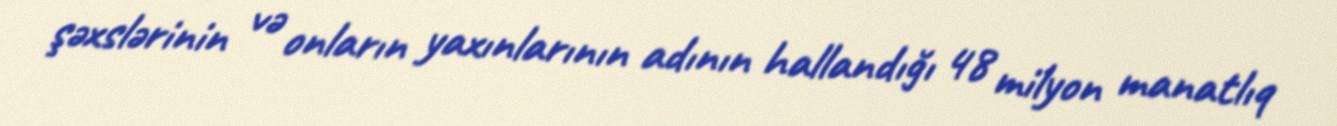
şəxslərinin və onların yaxınlarının adının hallandığı 48 milyon manatlıq